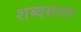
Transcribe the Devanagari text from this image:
शब्‍दसागर